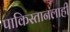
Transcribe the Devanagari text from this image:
पाकिस्तानलाही